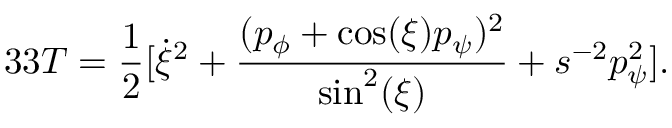
3 3 T = { \frac { 1 } { 2 } } [ \dot { \xi } ^ { 2 } + { \frac { ( p _ { \phi } + \cos ( \xi ) p _ { \psi } ) ^ { 2 } } { \sin ^ { 2 } ( \xi ) } } + s ^ { - 2 } p _ { \psi } ^ { 2 } ] .